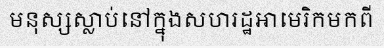
មនុស្សស្លាប់នៅក្នុងសហរដ្ឋអាមេរិកមកពី